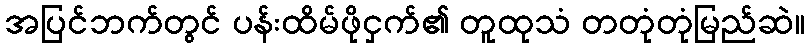
အပြင်ဘက်တွင် ပန်းထိမ်ဖိုငှက်၏ တူထုသံ တတုံတုံမြည်ဆဲ။